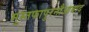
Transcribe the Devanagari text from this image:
मुस्तफापुरनौआबाद